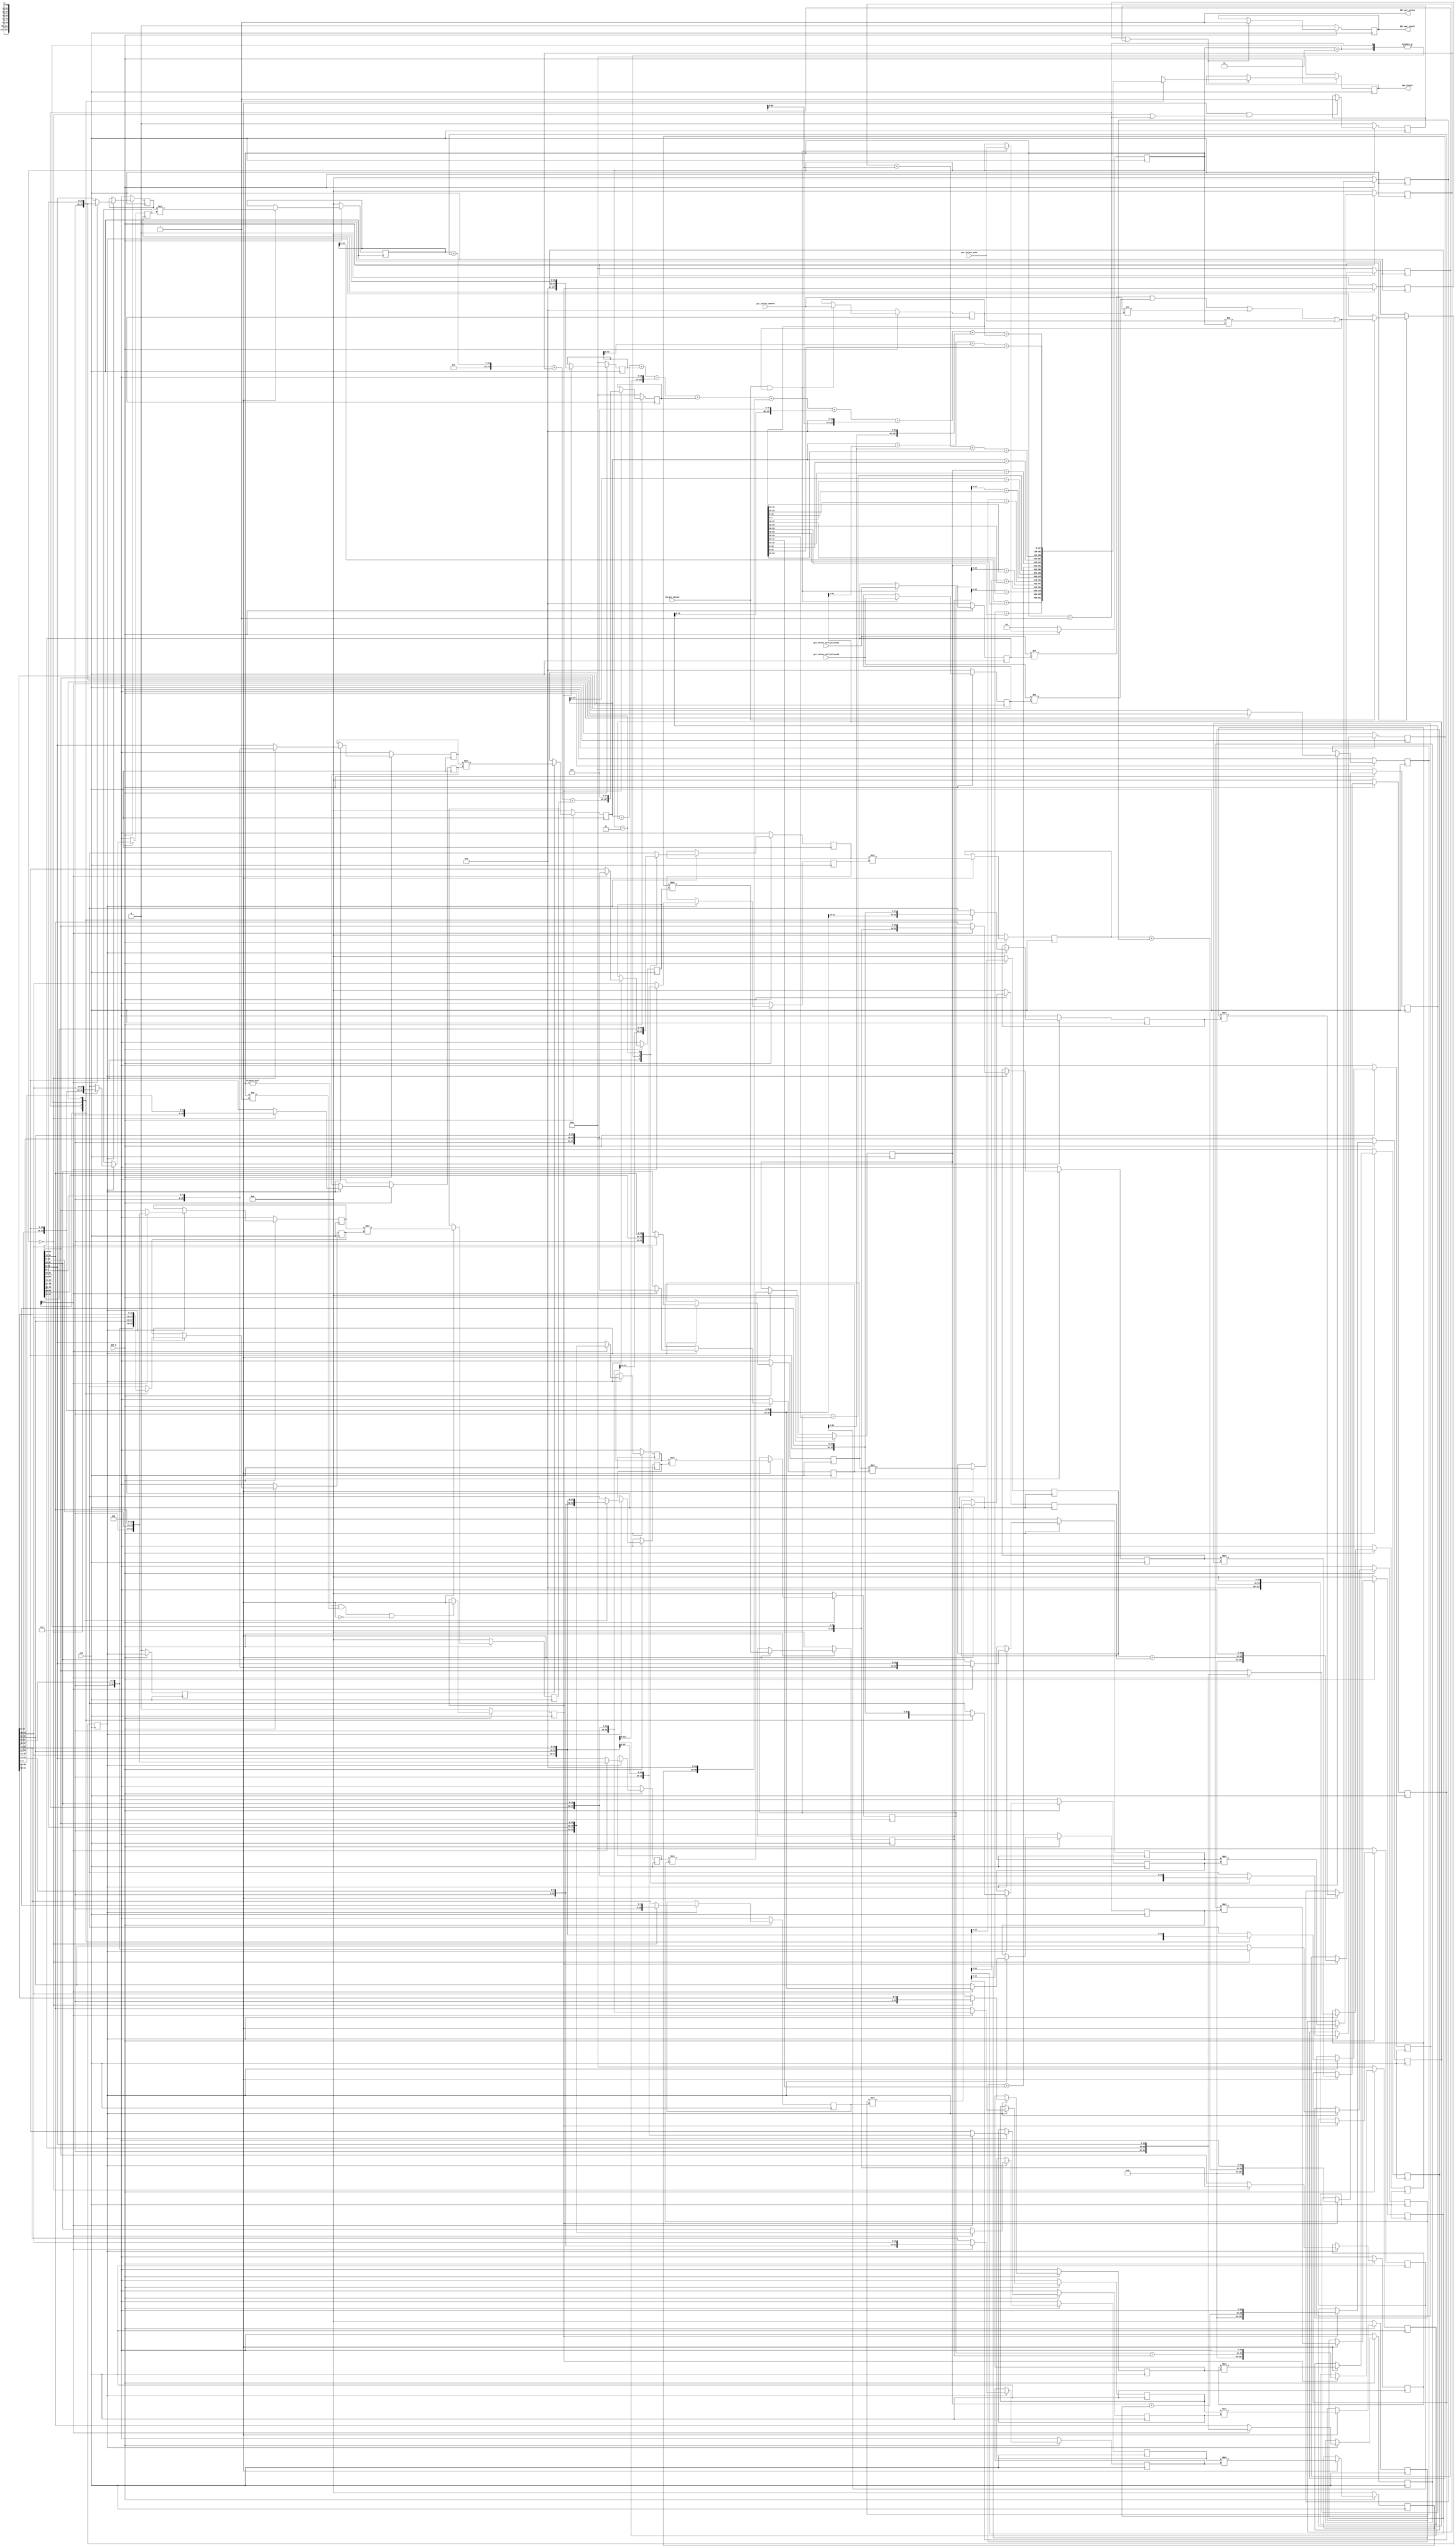
//
// Generated by Bluespec Compiler, version 2021.12.1 (build fd501401)
//
// On Fri Apr 14 16:35:23 IST 2023
//
//
// Ports:
// Name                         I/O  size props
// RDY_get_values                 O     1 const
// mac_result                     O   128 reg
// RDY_mac_result                 O     1 reg
// CLK                            I     1 clock
// RST_N                          I     1 reset
// get_values_multiplicand1       I    64
// get_values_multiplicand2       I    64
// get_values_addend              I    64
// get_values_mode                I     2
// EN_get_values                  I     1
//
// No combinational paths from inputs to outputs
//
//

`ifdef BSV_ASSIGNMENT_DELAY
`else
  `define BSV_ASSIGNMENT_DELAY
`endif

`ifdef BSV_POSITIVE_RESET
  `define BSV_RESET_VALUE 1'b1
  `define BSV_RESET_EDGE posedge
`else
  `define BSV_RESET_VALUE 1'b0
  `define BSV_RESET_EDGE negedge
`endif

module mkMAC(CLK,
	     RST_N,

	     get_values_multiplicand1,
	     get_values_multiplicand2,
	     get_values_addend,
	     get_values_mode,
	     EN_get_values,
	     RDY_get_values,

	     mac_result,
	     RDY_mac_result);
  input  CLK;
  input  RST_N;

  // action method get_values
  input  [63 : 0] get_values_multiplicand1;
  input  [63 : 0] get_values_multiplicand2;
  input  [63 : 0] get_values_addend;
  input  [1 : 0] get_values_mode;
  input  EN_get_values;
  output RDY_get_values;

  // value method mac_result
  output [127 : 0] mac_result;
  output RDY_mac_result;

  // signals for module outputs
  wire [127 : 0] mac_result;
  wire RDY_get_values, RDY_mac_result;

  // register a
  reg [63 : 0] a;
  wire [63 : 0] a$D_IN;
  wire a$EN;

  // register counter
  reg [3 : 0] counter;
  wire [3 : 0] counter$D_IN;
  wire counter$EN;

  // register flag_0
  reg flag_0;
  wire flag_0$D_IN, flag_0$EN;

  // register flag_1
  reg flag_1;
  wire flag_1$D_IN, flag_1$EN;

  // register flag_2
  reg flag_2;
  wire flag_2$D_IN, flag_2$EN;

  // register flag_3
  reg flag_3;
  wire flag_3$D_IN, flag_3$EN;

  // register flag_4
  reg flag_4;
  wire flag_4$D_IN, flag_4$EN;

  // register inp_ready
  reg inp_ready;
  wire inp_ready$D_IN, inp_ready$EN;

  // register m1
  reg [63 : 0] m1;
  wire [63 : 0] m1$D_IN;
  wire m1$EN;

  // register m2
  reg [63 : 0] m2;
  wire [63 : 0] m2$D_IN;
  wire m2$EN;

  // register mac_output
  reg [127 : 0] mac_output;
  reg [127 : 0] mac_output$D_IN;
  wire mac_output$EN;

  // register mac_ready
  reg mac_ready;
  wire mac_ready$D_IN, mac_ready$EN;

  // register partial_product_0
  reg [31 : 0] partial_product_0;
  wire [31 : 0] partial_product_0$D_IN;
  wire partial_product_0$EN;

  // register partial_product_1
  reg [31 : 0] partial_product_1;
  wire [31 : 0] partial_product_1$D_IN;
  wire partial_product_1$EN;

  // register partial_product_10
  reg [31 : 0] partial_product_10;
  wire [31 : 0] partial_product_10$D_IN;
  wire partial_product_10$EN;

  // register partial_product_11
  reg [31 : 0] partial_product_11;
  wire [31 : 0] partial_product_11$D_IN;
  wire partial_product_11$EN;

  // register partial_product_12
  reg [31 : 0] partial_product_12;
  wire [31 : 0] partial_product_12$D_IN;
  wire partial_product_12$EN;

  // register partial_product_13
  reg [31 : 0] partial_product_13;
  wire [31 : 0] partial_product_13$D_IN;
  wire partial_product_13$EN;

  // register partial_product_14
  reg [31 : 0] partial_product_14;
  wire [31 : 0] partial_product_14$D_IN;
  wire partial_product_14$EN;

  // register partial_product_15
  reg [31 : 0] partial_product_15;
  wire [31 : 0] partial_product_15$D_IN;
  wire partial_product_15$EN;

  // register partial_product_2
  reg [31 : 0] partial_product_2;
  wire [31 : 0] partial_product_2$D_IN;
  wire partial_product_2$EN;

  // register partial_product_3
  reg [31 : 0] partial_product_3;
  wire [31 : 0] partial_product_3$D_IN;
  wire partial_product_3$EN;

  // register partial_product_4
  reg [31 : 0] partial_product_4;
  wire [31 : 0] partial_product_4$D_IN;
  wire partial_product_4$EN;

  // register partial_product_5
  reg [31 : 0] partial_product_5;
  wire [31 : 0] partial_product_5$D_IN;
  wire partial_product_5$EN;

  // register partial_product_6
  reg [31 : 0] partial_product_6;
  wire [31 : 0] partial_product_6$D_IN;
  wire partial_product_6$EN;

  // register partial_product_7
  reg [31 : 0] partial_product_7;
  wire [31 : 0] partial_product_7$D_IN;
  wire partial_product_7$EN;

  // register partial_product_8
  reg [31 : 0] partial_product_8;
  wire [31 : 0] partial_product_8$D_IN;
  wire partial_product_8$EN;

  // register partial_product_9
  reg [31 : 0] partial_product_9;
  wire [31 : 0] partial_product_9$D_IN;
  wire partial_product_9$EN;

  // register partial_sum_0
  reg [127 : 0] partial_sum_0;
  wire [127 : 0] partial_sum_0$D_IN;
  wire partial_sum_0$EN;

  // register partial_sum_1
  reg [127 : 0] partial_sum_1;
  wire [127 : 0] partial_sum_1$D_IN;
  wire partial_sum_1$EN;

  // register partial_sum_2
  reg [127 : 0] partial_sum_2;
  wire [127 : 0] partial_sum_2$D_IN;
  wire partial_sum_2$EN;

  // register partial_sum_3
  reg [127 : 0] partial_sum_3;
  wire [127 : 0] partial_sum_3$D_IN;
  wire partial_sum_3$EN;

  // register partial_sum_4
  reg [127 : 0] partial_sum_4;
  wire [127 : 0] partial_sum_4$D_IN;
  wire partial_sum_4$EN;

  // register partial_sum_5
  reg [127 : 0] partial_sum_5;
  wire [127 : 0] partial_sum_5$D_IN;
  wire partial_sum_5$EN;

  // register partial_sum_6
  reg [127 : 0] partial_sum_6;
  wire [127 : 0] partial_sum_6$D_IN;
  wire partial_sum_6$EN;

  // register reg_mode
  reg [1 : 0] reg_mode;
  wire [1 : 0] reg_mode$D_IN;
  wire reg_mode$EN;

  // register x_0
  reg [15 : 0] x_0;
  wire [15 : 0] x_0$D_IN;
  wire x_0$EN;

  // register x_1
  reg [15 : 0] x_1;
  reg [15 : 0] x_1$D_IN;
  wire x_1$EN;

  // register x_10
  reg [15 : 0] x_10;
  reg [15 : 0] x_10$D_IN;
  wire x_10$EN;

  // register x_11
  reg [15 : 0] x_11;
  reg [15 : 0] x_11$D_IN;
  wire x_11$EN;

  // register x_12
  reg [15 : 0] x_12;
  reg [15 : 0] x_12$D_IN;
  wire x_12$EN;

  // register x_13
  reg [15 : 0] x_13;
  reg [15 : 0] x_13$D_IN;
  wire x_13$EN;

  // register x_14
  reg [15 : 0] x_14;
  reg [15 : 0] x_14$D_IN;
  wire x_14$EN;

  // register x_15
  reg [15 : 0] x_15;
  wire [15 : 0] x_15$D_IN;
  wire x_15$EN;

  // register x_2
  reg [15 : 0] x_2;
  reg [15 : 0] x_2$D_IN;
  wire x_2$EN;

  // register x_3
  reg [15 : 0] x_3;
  reg [15 : 0] x_3$D_IN;
  wire x_3$EN;

  // register x_4
  reg [15 : 0] x_4;
  reg [15 : 0] x_4$D_IN;
  wire x_4$EN;

  // register x_5
  reg [15 : 0] x_5;
  reg [15 : 0] x_5$D_IN;
  wire x_5$EN;

  // register x_6
  reg [15 : 0] x_6;
  reg [15 : 0] x_6$D_IN;
  wire x_6$EN;

  // register x_7
  reg [15 : 0] x_7;
  reg [15 : 0] x_7$D_IN;
  wire x_7$EN;

  // register x_8
  reg [15 : 0] x_8;
  reg [15 : 0] x_8$D_IN;
  wire x_8$EN;

  // register x_9
  reg [15 : 0] x_9;
  reg [15 : 0] x_9$D_IN;
  wire x_9$EN;

  // register y_0
  reg [15 : 0] y_0;
  wire [15 : 0] y_0$D_IN;
  wire y_0$EN;

  // register y_1
  reg [15 : 0] y_1;
  wire [15 : 0] y_1$D_IN;
  wire y_1$EN;

  // register y_10
  reg [15 : 0] y_10;
  reg [15 : 0] y_10$D_IN;
  wire y_10$EN;

  // register y_11
  reg [15 : 0] y_11;
  reg [15 : 0] y_11$D_IN;
  wire y_11$EN;

  // register y_12
  reg [15 : 0] y_12;
  reg [15 : 0] y_12$D_IN;
  wire y_12$EN;

  // register y_13
  reg [15 : 0] y_13;
  reg [15 : 0] y_13$D_IN;
  wire y_13$EN;

  // register y_14
  reg [15 : 0] y_14;
  wire [15 : 0] y_14$D_IN;
  wire y_14$EN;

  // register y_15
  reg [15 : 0] y_15;
  wire [15 : 0] y_15$D_IN;
  wire y_15$EN;

  // register y_2
  reg [15 : 0] y_2;
  reg [15 : 0] y_2$D_IN;
  wire y_2$EN;

  // register y_3
  reg [15 : 0] y_3;
  reg [15 : 0] y_3$D_IN;
  wire y_3$EN;

  // register y_4
  reg [15 : 0] y_4;
  reg [15 : 0] y_4$D_IN;
  wire y_4$EN;

  // register y_5
  reg [15 : 0] y_5;
  reg [15 : 0] y_5$D_IN;
  wire y_5$EN;

  // register y_6
  reg [15 : 0] y_6;
  reg [15 : 0] y_6$D_IN;
  wire y_6$EN;

  // register y_7
  reg [15 : 0] y_7;
  reg [15 : 0] y_7$D_IN;
  wire y_7$EN;

  // register y_8
  reg [15 : 0] y_8;
  reg [15 : 0] y_8$D_IN;
  wire y_8$EN;

  // register y_9
  reg [15 : 0] y_9;
  reg [15 : 0] y_9$D_IN;
  wire y_9$EN;

  // rule scheduling signals
  wire CAN_FIRE_RL_compute_MAC,
       CAN_FIRE_get_values,
       WILL_FIRE_RL_compute_MAC,
       WILL_FIRE_get_values;

  // remaining internal signals
  wire [127 : 0] x7294_PLUS_y7295__q1,
		 x7384_PLUS_y7385__q2,
		 x7564_PLUS_y7565__q3,
		 x7633_PLUS_y7634__q5,
		 x7700_PLUS_y7701__q4,
		 x__h17294,
		 x__h17384,
		 x__h17564,
		 x__h17633,
		 x__h17700,
		 x__h17702,
		 x__h17704,
		 x__h17920,
		 x__h18412,
		 x__h18601,
		 x__h18855,
		 x__h19064,
		 x__h19066,
		 x__h19068,
		 x__h19070,
		 x__h19072,
		 x__h19074,
		 x__h19076,
		 x__h19078,
		 x__h19080,
		 y__h17295,
		 y__h17385,
		 y__h17565,
		 y__h17634,
		 y__h17701,
		 y__h17703,
		 y__h17705,
		 y__h18890,
		 y__h19067,
		 y__h19069,
		 y__h19071,
		 y__h19073,
		 y__h19077;
  wire [95 : 0] partial_product_5_34_BITS_15_TO_0_71_PLUS_0_CO_ETC___d298;
  wire [63 : 0] _0_CONCAT_x_0_15_16_MUL_0_CONCAT_y_0_17_18___d119,
		_0_CONCAT_x_10_75_76_MUL_0_CONCAT_y_10_77_78___d179,
		_0_CONCAT_x_11_81_82_MUL_0_CONCAT_y_11_83_84___d185,
		_0_CONCAT_x_12_87_88_MUL_0_CONCAT_y_12_89_90___d191,
		_0_CONCAT_x_13_93_94_MUL_0_CONCAT_y_13_95_96___d197,
		_0_CONCAT_x_14_99_00_MUL_0_CONCAT_y_14_01_02___d203,
		_0_CONCAT_x_15_05_06_MUL_0_CONCAT_y_15_07_08___d209,
		_0_CONCAT_x_1_21_22_MUL_0_CONCAT_y_1_23_24___d125,
		_0_CONCAT_x_2_27_28_MUL_0_CONCAT_y_2_29_30___d131,
		_0_CONCAT_x_3_33_34_MUL_0_CONCAT_y_3_35_36___d137,
		_0_CONCAT_x_4_39_40_MUL_0_CONCAT_y_4_41_42___d143,
		_0_CONCAT_x_5_45_46_MUL_0_CONCAT_y_5_47_48___d149,
		_0_CONCAT_x_6_51_52_MUL_0_CONCAT_y_6_53_54___d155,
		_0_CONCAT_x_7_57_58_MUL_0_CONCAT_y_7_59_60___d161,
		_0_CONCAT_x_8_63_64_MUL_0_CONCAT_y_8_65_66___d167,
		_0_CONCAT_x_9_69_70_MUL_0_CONCAT_y_9_71_72___d173,
		partial_product_3_32_BITS_15_TO_0_79_PLUS_0_CO_ETC___d297,
		x__h18635,
		x__h18637,
		x__h18639,
		x__h18738,
		x__h18740,
		x__h18742,
		y__h18636,
		y__h18739;
  wire [31 : 0] x__h15829,
		x__h15916,
		x__h15981,
		x__h16046,
		x__h16111,
		x__h16176,
		x__h16241,
		x__h16306,
		x__h16371,
		x__h16436,
		x__h16501,
		x__h16566,
		x__h16631,
		x__h16696,
		x__h16761,
		x__h16826,
		y__h15830,
		y__h15917,
		y__h15982,
		y__h16047,
		y__h16112,
		y__h16177,
		y__h16242,
		y__h16307,
		y__h16372,
		y__h16437,
		y__h16502,
		y__h16567,
		y__h16632,
		y__h16697,
		y__h16762,
		y__h16827,
		y__h18447,
		y__h18484,
		y__h18516,
		y__h18548;
  wire [15 : 0] x__h5399,
		x__h5463,
		x__h5527,
		x__h5591,
		x__h5655,
		x__h5719,
		x__h5783,
		x__h5847,
		x__h6872,
		x__h6936,
		x__h7000,
		x__h7064,
		x__h7128,
		x__h7192,
		x__h7256,
		x__h7320,
		y__h17955,
		y__h18015,
		y__h18068,
		y__h18121,
		y__h18174,
		y__h18227,
		y__h18280,
		y__h18333;
  wire NOT_get_values_multiplicand1_EQ_m1_60_61_OR_NO_ETC___d367;

  // action method get_values
  assign RDY_get_values = 1'd1 ;
  assign CAN_FIRE_get_values = 1'd1 ;
  assign WILL_FIRE_get_values = EN_get_values ;

  // value method mac_result
  assign mac_result = mac_output ;
  assign RDY_mac_result = mac_ready ;

  // rule RL_compute_MAC
  assign CAN_FIRE_RL_compute_MAC = 1'd1 ;
  assign WILL_FIRE_RL_compute_MAC = 1'd1 ;

  // register a
  assign a$D_IN = get_values_addend ;
  assign a$EN =
	     EN_get_values &&
	     (NOT_get_values_multiplicand1_EQ_m1_60_61_OR_NO_ETC___d367 ||
	      get_values_mode != reg_mode) ;

  // register counter
  assign counter$D_IN = 4'h0 ;
  assign counter$EN = 1'b0 ;

  // register flag_0
  assign flag_0$D_IN = inp_ready ;
  assign flag_0$EN = 1'd1 ;

  // register flag_1
  assign flag_1$D_IN = flag_0 ;
  assign flag_1$EN = reg_mode != 2'd0 && reg_mode != 2'd1 || !flag_0 ;

  // register flag_2
  assign flag_2$D_IN = flag_1 ;
  assign flag_2$EN = 1'd1 ;

  // register flag_3
  assign flag_3$D_IN = flag_2 || flag_4 ;
  assign flag_3$EN = 1'd1 ;

  // register flag_4
  assign flag_4$D_IN = 1'd1 ;
  assign flag_4$EN = flag_0 && (reg_mode == 2'd0 || reg_mode == 2'd1) ;

  // register inp_ready
  assign inp_ready$D_IN =
	     NOT_get_values_multiplicand1_EQ_m1_60_61_OR_NO_ETC___d367 ||
	     get_values_mode != reg_mode ;
  assign inp_ready$EN = EN_get_values ;

  // register m1
  assign m1$D_IN = get_values_multiplicand1 ;
  assign m1$EN =
	     EN_get_values &&
	     (NOT_get_values_multiplicand1_EQ_m1_60_61_OR_NO_ETC___d367 ||
	      get_values_mode != reg_mode) ;

  // register m2
  assign m2$D_IN = get_values_multiplicand2 ;
  assign m2$EN =
	     EN_get_values &&
	     (NOT_get_values_multiplicand1_EQ_m1_60_61_OR_NO_ETC___d367 ||
	      get_values_mode != reg_mode) ;

  // register mac_output
  always@(reg_mode or x__h18855 or x__h17920 or x__h18412 or x__h18601)
  begin
    case (reg_mode)
      2'd0: mac_output$D_IN = x__h17920;
      2'd1: mac_output$D_IN = x__h18412;
      2'd2: mac_output$D_IN = x__h18601;
      2'd3: mac_output$D_IN = x__h18855;
    endcase
  end
  assign mac_output$EN = flag_3$D_IN ;

  // register mac_ready
  assign mac_ready$D_IN = 1'd1 ;
  assign mac_ready$EN = flag_3$D_IN ;

  // register partial_product_0
  assign partial_product_0$D_IN =
	     _0_CONCAT_x_0_15_16_MUL_0_CONCAT_y_0_17_18___d119[31:0] ;
  assign partial_product_0$EN = flag_0 ;

  // register partial_product_1
  assign partial_product_1$D_IN =
	     _0_CONCAT_x_1_21_22_MUL_0_CONCAT_y_1_23_24___d125[31:0] ;
  assign partial_product_1$EN = flag_0 ;

  // register partial_product_10
  assign partial_product_10$D_IN =
	     _0_CONCAT_x_10_75_76_MUL_0_CONCAT_y_10_77_78___d179[31:0] ;
  assign partial_product_10$EN = flag_0 ;

  // register partial_product_11
  assign partial_product_11$D_IN =
	     _0_CONCAT_x_11_81_82_MUL_0_CONCAT_y_11_83_84___d185[31:0] ;
  assign partial_product_11$EN = flag_0 ;

  // register partial_product_12
  assign partial_product_12$D_IN =
	     _0_CONCAT_x_12_87_88_MUL_0_CONCAT_y_12_89_90___d191[31:0] ;
  assign partial_product_12$EN = flag_0 ;

  // register partial_product_13
  assign partial_product_13$D_IN =
	     _0_CONCAT_x_13_93_94_MUL_0_CONCAT_y_13_95_96___d197[31:0] ;
  assign partial_product_13$EN = flag_0 ;

  // register partial_product_14
  assign partial_product_14$D_IN =
	     _0_CONCAT_x_14_99_00_MUL_0_CONCAT_y_14_01_02___d203[31:0] ;
  assign partial_product_14$EN = flag_0 ;

  // register partial_product_15
  assign partial_product_15$D_IN =
	     _0_CONCAT_x_15_05_06_MUL_0_CONCAT_y_15_07_08___d209[31:0] ;
  assign partial_product_15$EN = flag_0 ;

  // register partial_product_2
  assign partial_product_2$D_IN =
	     _0_CONCAT_x_2_27_28_MUL_0_CONCAT_y_2_29_30___d131[31:0] ;
  assign partial_product_2$EN = flag_0 ;

  // register partial_product_3
  assign partial_product_3$D_IN =
	     _0_CONCAT_x_3_33_34_MUL_0_CONCAT_y_3_35_36___d137[31:0] ;
  assign partial_product_3$EN = flag_0 ;

  // register partial_product_4
  assign partial_product_4$D_IN =
	     _0_CONCAT_x_4_39_40_MUL_0_CONCAT_y_4_41_42___d143[31:0] ;
  assign partial_product_4$EN = flag_0 ;

  // register partial_product_5
  assign partial_product_5$D_IN =
	     _0_CONCAT_x_5_45_46_MUL_0_CONCAT_y_5_47_48___d149[31:0] ;
  assign partial_product_5$EN = flag_0 ;

  // register partial_product_6
  assign partial_product_6$D_IN =
	     _0_CONCAT_x_6_51_52_MUL_0_CONCAT_y_6_53_54___d155[31:0] ;
  assign partial_product_6$EN = flag_0 ;

  // register partial_product_7
  assign partial_product_7$D_IN =
	     _0_CONCAT_x_7_57_58_MUL_0_CONCAT_y_7_59_60___d161[31:0] ;
  assign partial_product_7$EN = flag_0 ;

  // register partial_product_8
  assign partial_product_8$D_IN =
	     _0_CONCAT_x_8_63_64_MUL_0_CONCAT_y_8_65_66___d167[31:0] ;
  assign partial_product_8$EN = flag_0 ;

  // register partial_product_9
  assign partial_product_9$D_IN =
	     _0_CONCAT_x_9_69_70_MUL_0_CONCAT_y_9_71_72___d173[31:0] ;
  assign partial_product_9$EN = flag_0 ;

  // register partial_sum_0
  assign partial_sum_0$D_IN = { x7294_PLUS_y7295__q1[111:0], 16'd0 } ;
  assign partial_sum_0$EN = flag_1 ;

  // register partial_sum_1
  assign partial_sum_1$D_IN = { x7384_PLUS_y7385__q2[111:0], 16'd0 } ;
  assign partial_sum_1$EN = flag_1 ;

  // register partial_sum_2
  assign partial_sum_2$D_IN = { 64'd0, partial_product_4, 32'd0 } ;
  assign partial_sum_2$EN = flag_1 ;

  // register partial_sum_3
  assign partial_sum_3$D_IN = { 64'd0, partial_product_15, 32'd0 } ;
  assign partial_sum_3$EN = flag_1 ;

  // register partial_sum_4
  assign partial_sum_4$D_IN = { x7564_PLUS_y7565__q3[111:0], 16'd0 } ;
  assign partial_sum_4$EN = flag_1 ;

  // register partial_sum_5
  assign partial_sum_5$D_IN = { x7700_PLUS_y7701__q4[79:0], 48'd0 } ;
  assign partial_sum_5$EN = flag_1 ;

  // register partial_sum_6
  assign partial_sum_6$D_IN = { x7633_PLUS_y7634__q5[111:0], 16'd0 } ;
  assign partial_sum_6$EN = flag_1 ;

  // register reg_mode
  assign reg_mode$D_IN = get_values_mode ;
  assign reg_mode$EN =
	     EN_get_values &&
	     (NOT_get_values_multiplicand1_EQ_m1_60_61_OR_NO_ETC___d367 ||
	      get_values_mode != reg_mode) ;

  // register x_0
  assign x_0$D_IN = (reg_mode == 2'd0) ? x__h5399 : m1[15:0] ;
  assign x_0$EN = inp_ready ;

  // register x_1
  always@(reg_mode or m1 or x__h5463)
  begin
    case (reg_mode)
      2'd0: x_1$D_IN = x__h5463;
      2'd1: x_1$D_IN = m1[31:16];
      default: x_1$D_IN = m1[15:0];
    endcase
  end
  assign x_1$EN = inp_ready ;

  // register x_10
  always@(reg_mode or m1 or x__h5527)
  begin
    case (reg_mode)
      2'd0: x_10$D_IN = x__h5527;
      2'd1, 2'd2: x_10$D_IN = m1[47:32];
      2'd3: x_10$D_IN = m1[31:16];
    endcase
  end
  assign x_10$EN = inp_ready ;

  // register x_11
  always@(reg_mode or m1 or x__h5591)
  begin
    case (reg_mode)
      2'd0: x_11$D_IN = x__h5591;
      2'd1: x_11$D_IN = m1[63:48];
      default: x_11$D_IN = m1[47:32];
    endcase
  end
  assign x_11$EN = inp_ready ;

  // register x_12
  always@(reg_mode or m1 or x__h5655)
  begin
    case (reg_mode)
      2'd0: x_12$D_IN = x__h5655;
      2'd1: x_12$D_IN = m1[15:0];
      default: x_12$D_IN = m1[63:48];
    endcase
  end
  assign x_12$EN = inp_ready ;

  // register x_13
  always@(reg_mode or m1 or x__h5719)
  begin
    case (reg_mode)
      2'd0: x_13$D_IN = x__h5719;
      2'd1: x_13$D_IN = m1[31:16];
      default: x_13$D_IN = m1[47:32];
    endcase
  end
  assign x_13$EN = inp_ready ;

  // register x_14
  always@(reg_mode or m1 or x__h5783)
  begin
    case (reg_mode)
      2'd0: x_14$D_IN = x__h5783;
      2'd1: x_14$D_IN = m1[47:32];
      default: x_14$D_IN = m1[63:48];
    endcase
  end
  assign x_14$EN = inp_ready ;

  // register x_15
  assign x_15$D_IN = (reg_mode == 2'd0) ? x__h5847 : m1[63:48] ;
  assign x_15$EN = inp_ready ;

  // register x_2
  always@(reg_mode or m1 or x__h5527)
  begin
    case (reg_mode)
      2'd0: x_2$D_IN = x__h5527;
      2'd1: x_2$D_IN = m1[47:32];
      default: x_2$D_IN = m1[31:16];
    endcase
  end
  assign x_2$EN = inp_ready ;

  // register x_3
  always@(reg_mode or m1 or x__h5591)
  begin
    case (reg_mode)
      2'd0: x_3$D_IN = x__h5591;
      2'd1: x_3$D_IN = m1[63:48];
      default: x_3$D_IN = m1[15:0];
    endcase
  end
  assign x_3$EN = inp_ready ;

  // register x_4
  always@(reg_mode or m1 or x__h5655)
  begin
    case (reg_mode)
      2'd0: x_4$D_IN = x__h5655;
      2'd1: x_4$D_IN = m1[15:0];
      default: x_4$D_IN = m1[31:16];
    endcase
  end
  assign x_4$EN = inp_ready ;

  // register x_5
  always@(reg_mode or m1 or x__h5719)
  begin
    case (reg_mode)
      2'd0: x_5$D_IN = x__h5719;
      2'd1, 2'd2: x_5$D_IN = m1[31:16];
      2'd3: x_5$D_IN = m1[47:32];
    endcase
  end
  assign x_5$EN = inp_ready ;

  // register x_6
  always@(reg_mode or m1 or x__h5783)
  begin
    case (reg_mode)
      2'd0: x_6$D_IN = x__h5783;
      2'd1: x_6$D_IN = m1[47:32];
      default: x_6$D_IN = m1[15:0];
    endcase
  end
  assign x_6$EN = inp_ready ;

  // register x_7
  always@(reg_mode or m1 or x__h5847)
  begin
    case (reg_mode)
      2'd0: x_7$D_IN = x__h5847;
      2'd1: x_7$D_IN = m1[63:48];
      default: x_7$D_IN = m1[31:16];
    endcase
  end
  assign x_7$EN = inp_ready ;

  // register x_8
  always@(reg_mode or m1 or x__h5399)
  begin
    case (reg_mode)
      2'd0: x_8$D_IN = x__h5399;
      2'd1: x_8$D_IN = m1[15:0];
      default: x_8$D_IN = m1[47:32];
    endcase
  end
  assign x_8$EN = inp_ready ;

  // register x_9
  always@(reg_mode or m1 or x__h5463)
  begin
    case (reg_mode)
      2'd0: x_9$D_IN = x__h5463;
      2'd1: x_9$D_IN = m1[31:16];
      default: x_9$D_IN = m1[63:48];
    endcase
  end
  assign x_9$EN = inp_ready ;

  // register y_0
  assign y_0$D_IN = (reg_mode == 2'd0) ? x__h6872 : m2[15:0] ;
  assign y_0$EN = inp_ready ;

  // register y_1
  assign y_1$D_IN = (reg_mode == 2'd0) ? x__h6936 : m2[31:16] ;
  assign y_1$EN = inp_ready ;

  // register y_10
  always@(reg_mode or m2 or x__h7000)
  begin
    case (reg_mode)
      2'd0: y_10$D_IN = x__h7000;
      2'd1: y_10$D_IN = m2[47:32];
      default: y_10$D_IN = m2[63:48];
    endcase
  end
  assign y_10$EN = inp_ready ;

  // register y_11
  always@(reg_mode or m2 or x__h7064)
  begin
    case (reg_mode)
      2'd0: y_11$D_IN = x__h7064;
      2'd1: y_11$D_IN = m2[63:48];
      default: y_11$D_IN = m2[47:32];
    endcase
  end
  assign y_11$EN = inp_ready ;

  // register y_12
  always@(reg_mode or m2 or x__h7128)
  begin
    case (reg_mode)
      2'd0: y_12$D_IN = x__h7128;
      2'd1: y_12$D_IN = m2[15:0];
      2'd2: y_12$D_IN = m2[47:32];
      2'd3: y_12$D_IN = m2[31:16];
    endcase
  end
  assign y_12$EN = inp_ready ;

  // register y_13
  always@(reg_mode or m2 or x__h7192)
  begin
    case (reg_mode)
      2'd0: y_13$D_IN = x__h7192;
      2'd1: y_13$D_IN = m2[31:16];
      default: y_13$D_IN = m2[63:48];
    endcase
  end
  assign y_13$EN = inp_ready ;

  // register y_14
  assign y_14$D_IN = (reg_mode == 2'd0) ? x__h7256 : m2[47:32] ;
  assign y_14$EN = inp_ready ;

  // register y_15
  assign y_15$D_IN = (reg_mode == 2'd0) ? x__h7320 : m2[63:48] ;
  assign y_15$EN = inp_ready ;

  // register y_2
  always@(reg_mode or m2 or x__h7000)
  begin
    case (reg_mode)
      2'd0: y_2$D_IN = x__h7000;
      2'd1: y_2$D_IN = m2[47:32];
      default: y_2$D_IN = m2[15:0];
    endcase
  end
  assign y_2$EN = inp_ready ;

  // register y_3
  always@(reg_mode or m2 or x__h7064)
  begin
    case (reg_mode)
      2'd0: y_3$D_IN = x__h7064;
      2'd1: y_3$D_IN = m2[63:48];
      2'd2: y_3$D_IN = m2[31:16];
      2'd3: y_3$D_IN = m2[47:32];
    endcase
  end
  assign y_3$EN = inp_ready ;

  // register y_4
  always@(reg_mode or m2 or x__h7128)
  begin
    case (reg_mode)
      2'd0: y_4$D_IN = x__h7128;
      2'd1: y_4$D_IN = m2[15:0];
      default: y_4$D_IN = m2[31:16];
    endcase
  end
  assign y_4$EN = inp_ready ;

  // register y_5
  always@(reg_mode or m2 or x__h7192)
  begin
    case (reg_mode)
      2'd0: y_5$D_IN = x__h7192;
      2'd1: y_5$D_IN = m2[31:16];
      default: y_5$D_IN = m2[15:0];
    endcase
  end
  assign y_5$EN = inp_ready ;

  // register y_6
  always@(reg_mode or m2 or x__h7256)
  begin
    case (reg_mode)
      2'd0: y_6$D_IN = x__h7256;
      2'd1: y_6$D_IN = m2[47:32];
      2'd2: y_6$D_IN = m2[15:0];
      2'd3: y_6$D_IN = m2[63:48];
    endcase
  end
  assign y_6$EN = inp_ready ;

  // register y_7
  always@(reg_mode or m2 or x__h7320)
  begin
    case (reg_mode)
      2'd0: y_7$D_IN = x__h7320;
      2'd1: y_7$D_IN = m2[63:48];
      2'd2: y_7$D_IN = m2[31:16];
      2'd3: y_7$D_IN = m2[47:32];
    endcase
  end
  assign y_7$EN = inp_ready ;

  // register y_8
  always@(reg_mode or m2 or x__h6872)
  begin
    case (reg_mode)
      2'd0: y_8$D_IN = x__h6872;
      2'd1: y_8$D_IN = m2[15:0];
      2'd2: y_8$D_IN = m2[47:32];
      2'd3: y_8$D_IN = m2[31:16];
    endcase
  end
  assign y_8$EN = inp_ready ;

  // register y_9
  always@(reg_mode or m2 or x__h6936)
  begin
    case (reg_mode)
      2'd0: y_9$D_IN = x__h6936;
      2'd1: y_9$D_IN = m2[31:16];
      2'd2: y_9$D_IN = m2[63:48];
      2'd3: y_9$D_IN = m2[15:0];
    endcase
  end
  assign y_9$EN = inp_ready ;

  // remaining internal signals
  assign NOT_get_values_multiplicand1_EQ_m1_60_61_OR_NO_ETC___d367 =
	     get_values_multiplicand1 != m1 ||
	     get_values_multiplicand2 != m2 ||
	     get_values_addend != a ;
  assign _0_CONCAT_x_0_15_16_MUL_0_CONCAT_y_0_17_18___d119 =
	     x__h15829 * y__h15830 ;
  assign _0_CONCAT_x_10_75_76_MUL_0_CONCAT_y_10_77_78___d179 =
	     x__h16501 * y__h16502 ;
  assign _0_CONCAT_x_11_81_82_MUL_0_CONCAT_y_11_83_84___d185 =
	     x__h16566 * y__h16567 ;
  assign _0_CONCAT_x_12_87_88_MUL_0_CONCAT_y_12_89_90___d191 =
	     x__h16631 * y__h16632 ;
  assign _0_CONCAT_x_13_93_94_MUL_0_CONCAT_y_13_95_96___d197 =
	     x__h16696 * y__h16697 ;
  assign _0_CONCAT_x_14_99_00_MUL_0_CONCAT_y_14_01_02___d203 =
	     x__h16761 * y__h16762 ;
  assign _0_CONCAT_x_15_05_06_MUL_0_CONCAT_y_15_07_08___d209 =
	     x__h16826 * y__h16827 ;
  assign _0_CONCAT_x_1_21_22_MUL_0_CONCAT_y_1_23_24___d125 =
	     x__h15916 * y__h15917 ;
  assign _0_CONCAT_x_2_27_28_MUL_0_CONCAT_y_2_29_30___d131 =
	     x__h15981 * y__h15982 ;
  assign _0_CONCAT_x_3_33_34_MUL_0_CONCAT_y_3_35_36___d137 =
	     x__h16046 * y__h16047 ;
  assign _0_CONCAT_x_4_39_40_MUL_0_CONCAT_y_4_41_42___d143 =
	     x__h16111 * y__h16112 ;
  assign _0_CONCAT_x_5_45_46_MUL_0_CONCAT_y_5_47_48___d149 =
	     x__h16176 * y__h16177 ;
  assign _0_CONCAT_x_6_51_52_MUL_0_CONCAT_y_6_53_54___d155 =
	     x__h16241 * y__h16242 ;
  assign _0_CONCAT_x_7_57_58_MUL_0_CONCAT_y_7_59_60___d161 =
	     x__h16306 * y__h16307 ;
  assign _0_CONCAT_x_8_63_64_MUL_0_CONCAT_y_8_65_66___d167 =
	     x__h16371 * y__h16372 ;
  assign _0_CONCAT_x_9_69_70_MUL_0_CONCAT_y_9_71_72___d173 =
	     x__h16436 * y__h16437 ;
  assign partial_product_3_32_BITS_15_TO_0_79_PLUS_0_CO_ETC___d297 =
	     { partial_product_3[15:0] + y__h18174,
	       partial_product_2[15:0] + y__h18227,
	       partial_product_1[15:0] + y__h18280,
	       partial_product_0[15:0] + y__h18333 } ;
  assign partial_product_5_34_BITS_15_TO_0_71_PLUS_0_CO_ETC___d298 =
	     { partial_product_5[15:0] + y__h18068,
	       partial_product_4[15:0] + y__h18121,
	       partial_product_3_32_BITS_15_TO_0_79_PLUS_0_CO_ETC___d297 } ;
  assign x7294_PLUS_y7295__q1 = x__h17294 + y__h17295 ;
  assign x7384_PLUS_y7385__q2 = x__h17384 + y__h17385 ;
  assign x7564_PLUS_y7565__q3 = x__h17564 + y__h17565 ;
  assign x7633_PLUS_y7634__q5 = x__h17633 + y__h17634 ;
  assign x7700_PLUS_y7701__q4 = x__h17700 + y__h17701 ;
  assign x__h15829 = { 16'd0, x_0 } ;
  assign x__h15916 = { 16'd0, x_1 } ;
  assign x__h15981 = { 16'd0, x_2 } ;
  assign x__h16046 = { 16'd0, x_3 } ;
  assign x__h16111 = { 16'd0, x_4 } ;
  assign x__h16176 = { 16'd0, x_5 } ;
  assign x__h16241 = { 16'd0, x_6 } ;
  assign x__h16306 = { 16'd0, x_7 } ;
  assign x__h16371 = { 16'd0, x_8 } ;
  assign x__h16436 = { 16'd0, x_9 } ;
  assign x__h16501 = { 16'd0, x_10 } ;
  assign x__h16566 = { 16'd0, x_11 } ;
  assign x__h16631 = { 16'd0, x_12 } ;
  assign x__h16696 = { 16'd0, x_13 } ;
  assign x__h16761 = { 16'd0, x_14 } ;
  assign x__h16826 = { 16'd0, x_15 } ;
  assign x__h17294 = { 96'd0, partial_product_1 } ;
  assign x__h17384 = { 96'd0, partial_product_13 } ;
  assign x__h17564 = { 96'd0, partial_product_3 } ;
  assign x__h17633 = { 96'd0, partial_product_10 } ;
  assign x__h17700 = x__h17702 + y__h17703 ;
  assign x__h17702 = x__h17704 + y__h17705 ;
  assign x__h17704 = { 96'd0, partial_product_6 } ;
  assign x__h17920 =
	     { partial_product_7[15:0] + y__h17955,
	       partial_product_6[15:0] + y__h18015,
	       partial_product_5_34_BITS_15_TO_0_71_PLUS_0_CO_ETC___d298 } ;
  assign x__h18412 =
	     { partial_product_3 + y__h18447,
	       partial_product_2 + y__h18484,
	       partial_product_1 + y__h18516,
	       partial_product_0 + y__h18548 } ;
  assign x__h18601 = { x__h18635 + y__h18636, x__h18738 + y__h18739 } ;
  assign x__h18635 = x__h18637 + partial_sum_3[63:0] ;
  assign x__h18637 = x__h18639 + partial_sum_1[63:0] ;
  assign x__h18639 = { 32'd0, partial_product_8 } ;
  assign x__h18738 = x__h18740 + partial_sum_2[63:0] ;
  assign x__h18740 = x__h18742 + partial_sum_0[63:0] ;
  assign x__h18742 = { 32'd0, partial_product_0 } ;
  assign x__h18855 = x__h19064 + y__h18890 ;
  assign x__h19064 = x__h19066 + y__h19067 ;
  assign x__h19066 = x__h19068 + y__h19069 ;
  assign x__h19068 = x__h19070 + y__h19071 ;
  assign x__h19070 = x__h19072 + y__h19073 ;
  assign x__h19072 = x__h19074 + partial_sum_5 ;
  assign x__h19074 = x__h19076 + y__h19077 ;
  assign x__h19076 = x__h19078 + partial_sum_2 ;
  assign x__h19078 = x__h19080 + partial_sum_0 ;
  assign x__h19080 = { 96'd0, partial_product_0 } ;
  assign x__h5399 = { 8'd0, m1[7:0] } ;
  assign x__h5463 = { 8'd0, m1[15:8] } ;
  assign x__h5527 = { 8'd0, m1[23:16] } ;
  assign x__h5591 = { 8'd0, m1[31:24] } ;
  assign x__h5655 = { 8'd0, m1[39:32] } ;
  assign x__h5719 = { 8'd0, m1[47:40] } ;
  assign x__h5783 = { 8'd0, m1[55:48] } ;
  assign x__h5847 = { 8'd0, m1[63:56] } ;
  assign x__h6872 = { 8'd0, m2[7:0] } ;
  assign x__h6936 = { 8'd0, m2[15:8] } ;
  assign x__h7000 = { 8'd0, m2[23:16] } ;
  assign x__h7064 = { 8'd0, m2[31:24] } ;
  assign x__h7128 = { 8'd0, m2[39:32] } ;
  assign x__h7192 = { 8'd0, m2[47:40] } ;
  assign x__h7256 = { 8'd0, m2[55:48] } ;
  assign x__h7320 = { 8'd0, m2[63:56] } ;
  assign y__h15830 = { 16'd0, y_0 } ;
  assign y__h15917 = { 16'd0, y_1 } ;
  assign y__h15982 = { 16'd0, y_2 } ;
  assign y__h16047 = { 16'd0, y_3 } ;
  assign y__h16112 = { 16'd0, y_4 } ;
  assign y__h16177 = { 16'd0, y_5 } ;
  assign y__h16242 = { 16'd0, y_6 } ;
  assign y__h16307 = { 16'd0, y_7 } ;
  assign y__h16372 = { 16'd0, y_8 } ;
  assign y__h16437 = { 16'd0, y_9 } ;
  assign y__h16502 = { 16'd0, y_10 } ;
  assign y__h16567 = { 16'd0, y_11 } ;
  assign y__h16632 = { 16'd0, y_12 } ;
  assign y__h16697 = { 16'd0, y_13 } ;
  assign y__h16762 = { 16'd0, y_14 } ;
  assign y__h16827 = { 16'd0, y_15 } ;
  assign y__h17295 = { 96'd0, partial_product_2 } ;
  assign y__h17385 = { 96'd0, partial_product_14 } ;
  assign y__h17565 = { 96'd0, partial_product_5 } ;
  assign y__h17634 = { 96'd0, partial_product_12 } ;
  assign y__h17701 = { 96'd0, partial_product_9 } ;
  assign y__h17703 = { 96'd0, partial_product_8 } ;
  assign y__h17705 = { 96'd0, partial_product_7 } ;
  assign y__h17955 = { 8'd0, a[63:56] } ;
  assign y__h18015 = { 8'd0, a[55:48] } ;
  assign y__h18068 = { 8'd0, a[47:40] } ;
  assign y__h18121 = { 8'd0, a[39:32] } ;
  assign y__h18174 = { 8'd0, a[31:24] } ;
  assign y__h18227 = { 8'd0, a[23:16] } ;
  assign y__h18280 = { 8'd0, a[15:8] } ;
  assign y__h18333 = { 8'd0, a[7:0] } ;
  assign y__h18447 = { 16'd0, a[63:48] } ;
  assign y__h18484 = { 16'd0, a[47:32] } ;
  assign y__h18516 = { 16'd0, a[31:16] } ;
  assign y__h18548 = { 16'd0, a[15:0] } ;
  assign y__h18636 = { 32'd0, a[63:32] } ;
  assign y__h18739 = { 32'd0, a[31:0] } ;
  assign y__h18890 = { 64'd0, a } ;
  assign y__h19067 = { partial_sum_3[63:0], 64'd0 } ;
  assign y__h19069 = { partial_sum_1[63:0], 64'd0 } ;
  assign y__h19071 = { partial_sum_6[79:0], 48'd0 } ;
  assign y__h19073 = { 32'd0, partial_product_11, 64'd0 } ;
  assign y__h19077 = { partial_sum_4[111:0], 16'd0 } ;

  // handling of inlined registers

  always@(posedge CLK)
  begin
    if (RST_N == `BSV_RESET_VALUE)
      begin
        a <= `BSV_ASSIGNMENT_DELAY 64'd0;
	counter <= `BSV_ASSIGNMENT_DELAY 4'd0;
	flag_0 <= `BSV_ASSIGNMENT_DELAY 1'd0;
	flag_1 <= `BSV_ASSIGNMENT_DELAY 1'd0;
	flag_2 <= `BSV_ASSIGNMENT_DELAY 1'd0;
	flag_3 <= `BSV_ASSIGNMENT_DELAY 1'd0;
	flag_4 <= `BSV_ASSIGNMENT_DELAY 1'd0;
	inp_ready <= `BSV_ASSIGNMENT_DELAY 1'd0;
	m1 <= `BSV_ASSIGNMENT_DELAY 64'd0;
	m2 <= `BSV_ASSIGNMENT_DELAY 64'd0;
	mac_output <= `BSV_ASSIGNMENT_DELAY 128'd0;
	mac_ready <= `BSV_ASSIGNMENT_DELAY 1'd0;
	partial_product_0 <= `BSV_ASSIGNMENT_DELAY 32'd0;
	partial_product_1 <= `BSV_ASSIGNMENT_DELAY 32'd0;
	partial_product_10 <= `BSV_ASSIGNMENT_DELAY 32'd0;
	partial_product_11 <= `BSV_ASSIGNMENT_DELAY 32'd0;
	partial_product_12 <= `BSV_ASSIGNMENT_DELAY 32'd0;
	partial_product_13 <= `BSV_ASSIGNMENT_DELAY 32'd0;
	partial_product_14 <= `BSV_ASSIGNMENT_DELAY 32'd0;
	partial_product_15 <= `BSV_ASSIGNMENT_DELAY 32'd0;
	partial_product_2 <= `BSV_ASSIGNMENT_DELAY 32'd0;
	partial_product_3 <= `BSV_ASSIGNMENT_DELAY 32'd0;
	partial_product_4 <= `BSV_ASSIGNMENT_DELAY 32'd0;
	partial_product_5 <= `BSV_ASSIGNMENT_DELAY 32'd0;
	partial_product_6 <= `BSV_ASSIGNMENT_DELAY 32'd0;
	partial_product_7 <= `BSV_ASSIGNMENT_DELAY 32'd0;
	partial_product_8 <= `BSV_ASSIGNMENT_DELAY 32'd0;
	partial_product_9 <= `BSV_ASSIGNMENT_DELAY 32'd0;
	partial_sum_0 <= `BSV_ASSIGNMENT_DELAY 128'd0;
	partial_sum_1 <= `BSV_ASSIGNMENT_DELAY 128'd0;
	partial_sum_2 <= `BSV_ASSIGNMENT_DELAY 128'd0;
	partial_sum_3 <= `BSV_ASSIGNMENT_DELAY 128'd0;
	partial_sum_4 <= `BSV_ASSIGNMENT_DELAY 128'd0;
	partial_sum_5 <= `BSV_ASSIGNMENT_DELAY 128'd0;
	partial_sum_6 <= `BSV_ASSIGNMENT_DELAY 128'd0;
	reg_mode <= `BSV_ASSIGNMENT_DELAY 2'd0;
	x_0 <= `BSV_ASSIGNMENT_DELAY 16'd0;
	x_1 <= `BSV_ASSIGNMENT_DELAY 16'd0;
	x_10 <= `BSV_ASSIGNMENT_DELAY 16'd0;
	x_11 <= `BSV_ASSIGNMENT_DELAY 16'd0;
	x_12 <= `BSV_ASSIGNMENT_DELAY 16'd0;
	x_13 <= `BSV_ASSIGNMENT_DELAY 16'd0;
	x_14 <= `BSV_ASSIGNMENT_DELAY 16'd0;
	x_15 <= `BSV_ASSIGNMENT_DELAY 16'd0;
	x_2 <= `BSV_ASSIGNMENT_DELAY 16'd0;
	x_3 <= `BSV_ASSIGNMENT_DELAY 16'd0;
	x_4 <= `BSV_ASSIGNMENT_DELAY 16'd0;
	x_5 <= `BSV_ASSIGNMENT_DELAY 16'd0;
	x_6 <= `BSV_ASSIGNMENT_DELAY 16'd0;
	x_7 <= `BSV_ASSIGNMENT_DELAY 16'd0;
	x_8 <= `BSV_ASSIGNMENT_DELAY 16'd0;
	x_9 <= `BSV_ASSIGNMENT_DELAY 16'd0;
	y_0 <= `BSV_ASSIGNMENT_DELAY 16'd0;
	y_1 <= `BSV_ASSIGNMENT_DELAY 16'd0;
	y_10 <= `BSV_ASSIGNMENT_DELAY 16'd0;
	y_11 <= `BSV_ASSIGNMENT_DELAY 16'd0;
	y_12 <= `BSV_ASSIGNMENT_DELAY 16'd0;
	y_13 <= `BSV_ASSIGNMENT_DELAY 16'd0;
	y_14 <= `BSV_ASSIGNMENT_DELAY 16'd0;
	y_15 <= `BSV_ASSIGNMENT_DELAY 16'd0;
	y_2 <= `BSV_ASSIGNMENT_DELAY 16'd0;
	y_3 <= `BSV_ASSIGNMENT_DELAY 16'd0;
	y_4 <= `BSV_ASSIGNMENT_DELAY 16'd0;
	y_5 <= `BSV_ASSIGNMENT_DELAY 16'd0;
	y_6 <= `BSV_ASSIGNMENT_DELAY 16'd0;
	y_7 <= `BSV_ASSIGNMENT_DELAY 16'd0;
	y_8 <= `BSV_ASSIGNMENT_DELAY 16'd0;
	y_9 <= `BSV_ASSIGNMENT_DELAY 16'd0;
      end
    else
      begin
        if (a$EN) a <= `BSV_ASSIGNMENT_DELAY a$D_IN;
	if (counter$EN) counter <= `BSV_ASSIGNMENT_DELAY counter$D_IN;
	if (flag_0$EN) flag_0 <= `BSV_ASSIGNMENT_DELAY flag_0$D_IN;
	if (flag_1$EN) flag_1 <= `BSV_ASSIGNMENT_DELAY flag_1$D_IN;
	if (flag_2$EN) flag_2 <= `BSV_ASSIGNMENT_DELAY flag_2$D_IN;
	if (flag_3$EN) flag_3 <= `BSV_ASSIGNMENT_DELAY flag_3$D_IN;
	if (flag_4$EN) flag_4 <= `BSV_ASSIGNMENT_DELAY flag_4$D_IN;
	if (inp_ready$EN) inp_ready <= `BSV_ASSIGNMENT_DELAY inp_ready$D_IN;
	if (m1$EN) m1 <= `BSV_ASSIGNMENT_DELAY m1$D_IN;
	if (m2$EN) m2 <= `BSV_ASSIGNMENT_DELAY m2$D_IN;
	if (mac_output$EN)
	  mac_output <= `BSV_ASSIGNMENT_DELAY mac_output$D_IN;
	if (mac_ready$EN) mac_ready <= `BSV_ASSIGNMENT_DELAY mac_ready$D_IN;
	if (partial_product_0$EN)
	  partial_product_0 <= `BSV_ASSIGNMENT_DELAY partial_product_0$D_IN;
	if (partial_product_1$EN)
	  partial_product_1 <= `BSV_ASSIGNMENT_DELAY partial_product_1$D_IN;
	if (partial_product_10$EN)
	  partial_product_10 <= `BSV_ASSIGNMENT_DELAY partial_product_10$D_IN;
	if (partial_product_11$EN)
	  partial_product_11 <= `BSV_ASSIGNMENT_DELAY partial_product_11$D_IN;
	if (partial_product_12$EN)
	  partial_product_12 <= `BSV_ASSIGNMENT_DELAY partial_product_12$D_IN;
	if (partial_product_13$EN)
	  partial_product_13 <= `BSV_ASSIGNMENT_DELAY partial_product_13$D_IN;
	if (partial_product_14$EN)
	  partial_product_14 <= `BSV_ASSIGNMENT_DELAY partial_product_14$D_IN;
	if (partial_product_15$EN)
	  partial_product_15 <= `BSV_ASSIGNMENT_DELAY partial_product_15$D_IN;
	if (partial_product_2$EN)
	  partial_product_2 <= `BSV_ASSIGNMENT_DELAY partial_product_2$D_IN;
	if (partial_product_3$EN)
	  partial_product_3 <= `BSV_ASSIGNMENT_DELAY partial_product_3$D_IN;
	if (partial_product_4$EN)
	  partial_product_4 <= `BSV_ASSIGNMENT_DELAY partial_product_4$D_IN;
	if (partial_product_5$EN)
	  partial_product_5 <= `BSV_ASSIGNMENT_DELAY partial_product_5$D_IN;
	if (partial_product_6$EN)
	  partial_product_6 <= `BSV_ASSIGNMENT_DELAY partial_product_6$D_IN;
	if (partial_product_7$EN)
	  partial_product_7 <= `BSV_ASSIGNMENT_DELAY partial_product_7$D_IN;
	if (partial_product_8$EN)
	  partial_product_8 <= `BSV_ASSIGNMENT_DELAY partial_product_8$D_IN;
	if (partial_product_9$EN)
	  partial_product_9 <= `BSV_ASSIGNMENT_DELAY partial_product_9$D_IN;
	if (partial_sum_0$EN)
	  partial_sum_0 <= `BSV_ASSIGNMENT_DELAY partial_sum_0$D_IN;
	if (partial_sum_1$EN)
	  partial_sum_1 <= `BSV_ASSIGNMENT_DELAY partial_sum_1$D_IN;
	if (partial_sum_2$EN)
	  partial_sum_2 <= `BSV_ASSIGNMENT_DELAY partial_sum_2$D_IN;
	if (partial_sum_3$EN)
	  partial_sum_3 <= `BSV_ASSIGNMENT_DELAY partial_sum_3$D_IN;
	if (partial_sum_4$EN)
	  partial_sum_4 <= `BSV_ASSIGNMENT_DELAY partial_sum_4$D_IN;
	if (partial_sum_5$EN)
	  partial_sum_5 <= `BSV_ASSIGNMENT_DELAY partial_sum_5$D_IN;
	if (partial_sum_6$EN)
	  partial_sum_6 <= `BSV_ASSIGNMENT_DELAY partial_sum_6$D_IN;
	if (reg_mode$EN) reg_mode <= `BSV_ASSIGNMENT_DELAY reg_mode$D_IN;
	if (x_0$EN) x_0 <= `BSV_ASSIGNMENT_DELAY x_0$D_IN;
	if (x_1$EN) x_1 <= `BSV_ASSIGNMENT_DELAY x_1$D_IN;
	if (x_10$EN) x_10 <= `BSV_ASSIGNMENT_DELAY x_10$D_IN;
	if (x_11$EN) x_11 <= `BSV_ASSIGNMENT_DELAY x_11$D_IN;
	if (x_12$EN) x_12 <= `BSV_ASSIGNMENT_DELAY x_12$D_IN;
	if (x_13$EN) x_13 <= `BSV_ASSIGNMENT_DELAY x_13$D_IN;
	if (x_14$EN) x_14 <= `BSV_ASSIGNMENT_DELAY x_14$D_IN;
	if (x_15$EN) x_15 <= `BSV_ASSIGNMENT_DELAY x_15$D_IN;
	if (x_2$EN) x_2 <= `BSV_ASSIGNMENT_DELAY x_2$D_IN;
	if (x_3$EN) x_3 <= `BSV_ASSIGNMENT_DELAY x_3$D_IN;
	if (x_4$EN) x_4 <= `BSV_ASSIGNMENT_DELAY x_4$D_IN;
	if (x_5$EN) x_5 <= `BSV_ASSIGNMENT_DELAY x_5$D_IN;
	if (x_6$EN) x_6 <= `BSV_ASSIGNMENT_DELAY x_6$D_IN;
	if (x_7$EN) x_7 <= `BSV_ASSIGNMENT_DELAY x_7$D_IN;
	if (x_8$EN) x_8 <= `BSV_ASSIGNMENT_DELAY x_8$D_IN;
	if (x_9$EN) x_9 <= `BSV_ASSIGNMENT_DELAY x_9$D_IN;
	if (y_0$EN) y_0 <= `BSV_ASSIGNMENT_DELAY y_0$D_IN;
	if (y_1$EN) y_1 <= `BSV_ASSIGNMENT_DELAY y_1$D_IN;
	if (y_10$EN) y_10 <= `BSV_ASSIGNMENT_DELAY y_10$D_IN;
	if (y_11$EN) y_11 <= `BSV_ASSIGNMENT_DELAY y_11$D_IN;
	if (y_12$EN) y_12 <= `BSV_ASSIGNMENT_DELAY y_12$D_IN;
	if (y_13$EN) y_13 <= `BSV_ASSIGNMENT_DELAY y_13$D_IN;
	if (y_14$EN) y_14 <= `BSV_ASSIGNMENT_DELAY y_14$D_IN;
	if (y_15$EN) y_15 <= `BSV_ASSIGNMENT_DELAY y_15$D_IN;
	if (y_2$EN) y_2 <= `BSV_ASSIGNMENT_DELAY y_2$D_IN;
	if (y_3$EN) y_3 <= `BSV_ASSIGNMENT_DELAY y_3$D_IN;
	if (y_4$EN) y_4 <= `BSV_ASSIGNMENT_DELAY y_4$D_IN;
	if (y_5$EN) y_5 <= `BSV_ASSIGNMENT_DELAY y_5$D_IN;
	if (y_6$EN) y_6 <= `BSV_ASSIGNMENT_DELAY y_6$D_IN;
	if (y_7$EN) y_7 <= `BSV_ASSIGNMENT_DELAY y_7$D_IN;
	if (y_8$EN) y_8 <= `BSV_ASSIGNMENT_DELAY y_8$D_IN;
	if (y_9$EN) y_9 <= `BSV_ASSIGNMENT_DELAY y_9$D_IN;
      end
  end

  // synopsys translate_off
  `ifdef BSV_NO_INITIAL_BLOCKS
  `else // not BSV_NO_INITIAL_BLOCKS
  initial
  begin
    a = 64'hAAAAAAAAAAAAAAAA;
    counter = 4'hA;
    flag_0 = 1'h0;
    flag_1 = 1'h0;
    flag_2 = 1'h0;
    flag_3 = 1'h0;
    flag_4 = 1'h0;
    inp_ready = 1'h0;
    m1 = 64'hAAAAAAAAAAAAAAAA;
    m2 = 64'hAAAAAAAAAAAAAAAA;
    mac_output = 128'hAAAAAAAAAAAAAAAAAAAAAAAAAAAAAAAA;
    mac_ready = 1'h0;
    partial_product_0 = 32'hAAAAAAAA;
    partial_product_1 = 32'hAAAAAAAA;
    partial_product_10 = 32'hAAAAAAAA;
    partial_product_11 = 32'hAAAAAAAA;
    partial_product_12 = 32'hAAAAAAAA;
    partial_product_13 = 32'hAAAAAAAA;
    partial_product_14 = 32'hAAAAAAAA;
    partial_product_15 = 32'hAAAAAAAA;
    partial_product_2 = 32'hAAAAAAAA;
    partial_product_3 = 32'hAAAAAAAA;
    partial_product_4 = 32'hAAAAAAAA;
    partial_product_5 = 32'hAAAAAAAA;
    partial_product_6 = 32'hAAAAAAAA;
    partial_product_7 = 32'hAAAAAAAA;
    partial_product_8 = 32'hAAAAAAAA;
    partial_product_9 = 32'hAAAAAAAA;
    partial_sum_0 = 128'hAAAAAAAAAAAAAAAAAAAAAAAAAAAAAAAA;
    partial_sum_1 = 128'hAAAAAAAAAAAAAAAAAAAAAAAAAAAAAAAA;
    partial_sum_2 = 128'hAAAAAAAAAAAAAAAAAAAAAAAAAAAAAAAA;
    partial_sum_3 = 128'hAAAAAAAAAAAAAAAAAAAAAAAAAAAAAAAA;
    partial_sum_4 = 128'hAAAAAAAAAAAAAAAAAAAAAAAAAAAAAAAA;
    partial_sum_5 = 128'hAAAAAAAAAAAAAAAAAAAAAAAAAAAAAAAA;
    partial_sum_6 = 128'hAAAAAAAAAAAAAAAAAAAAAAAAAAAAAAAA;
    reg_mode = 2'h2;
    x_0 = 16'hAAAA;
    x_1 = 16'hAAAA;
    x_10 = 16'hAAAA;
    x_11 = 16'hAAAA;
    x_12 = 16'hAAAA;
    x_13 = 16'hAAAA;
    x_14 = 16'hAAAA;
    x_15 = 16'hAAAA;
    x_2 = 16'hAAAA;
    x_3 = 16'hAAAA;
    x_4 = 16'hAAAA;
    x_5 = 16'hAAAA;
    x_6 = 16'hAAAA;
    x_7 = 16'hAAAA;
    x_8 = 16'hAAAA;
    x_9 = 16'hAAAA;
    y_0 = 16'hAAAA;
    y_1 = 16'hAAAA;
    y_10 = 16'hAAAA;
    y_11 = 16'hAAAA;
    y_12 = 16'hAAAA;
    y_13 = 16'hAAAA;
    y_14 = 16'hAAAA;
    y_15 = 16'hAAAA;
    y_2 = 16'hAAAA;
    y_3 = 16'hAAAA;
    y_4 = 16'hAAAA;
    y_5 = 16'hAAAA;
    y_6 = 16'hAAAA;
    y_7 = 16'hAAAA;
    y_8 = 16'hAAAA;
    y_9 = 16'hAAAA;
  end
  `endif // BSV_NO_INITIAL_BLOCKS
  // synopsys translate_on
endmodule  // mkMAC